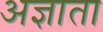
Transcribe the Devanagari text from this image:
अज्ञाता